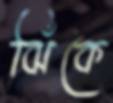
ঝিঁকে